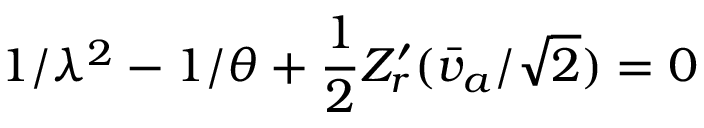
1 / \lambda ^ { 2 } - 1 / \theta + { \frac { 1 } { 2 } } Z _ { r } ^ { \prime } ( \bar { v } _ { a } / \sqrt { 2 } ) = 0